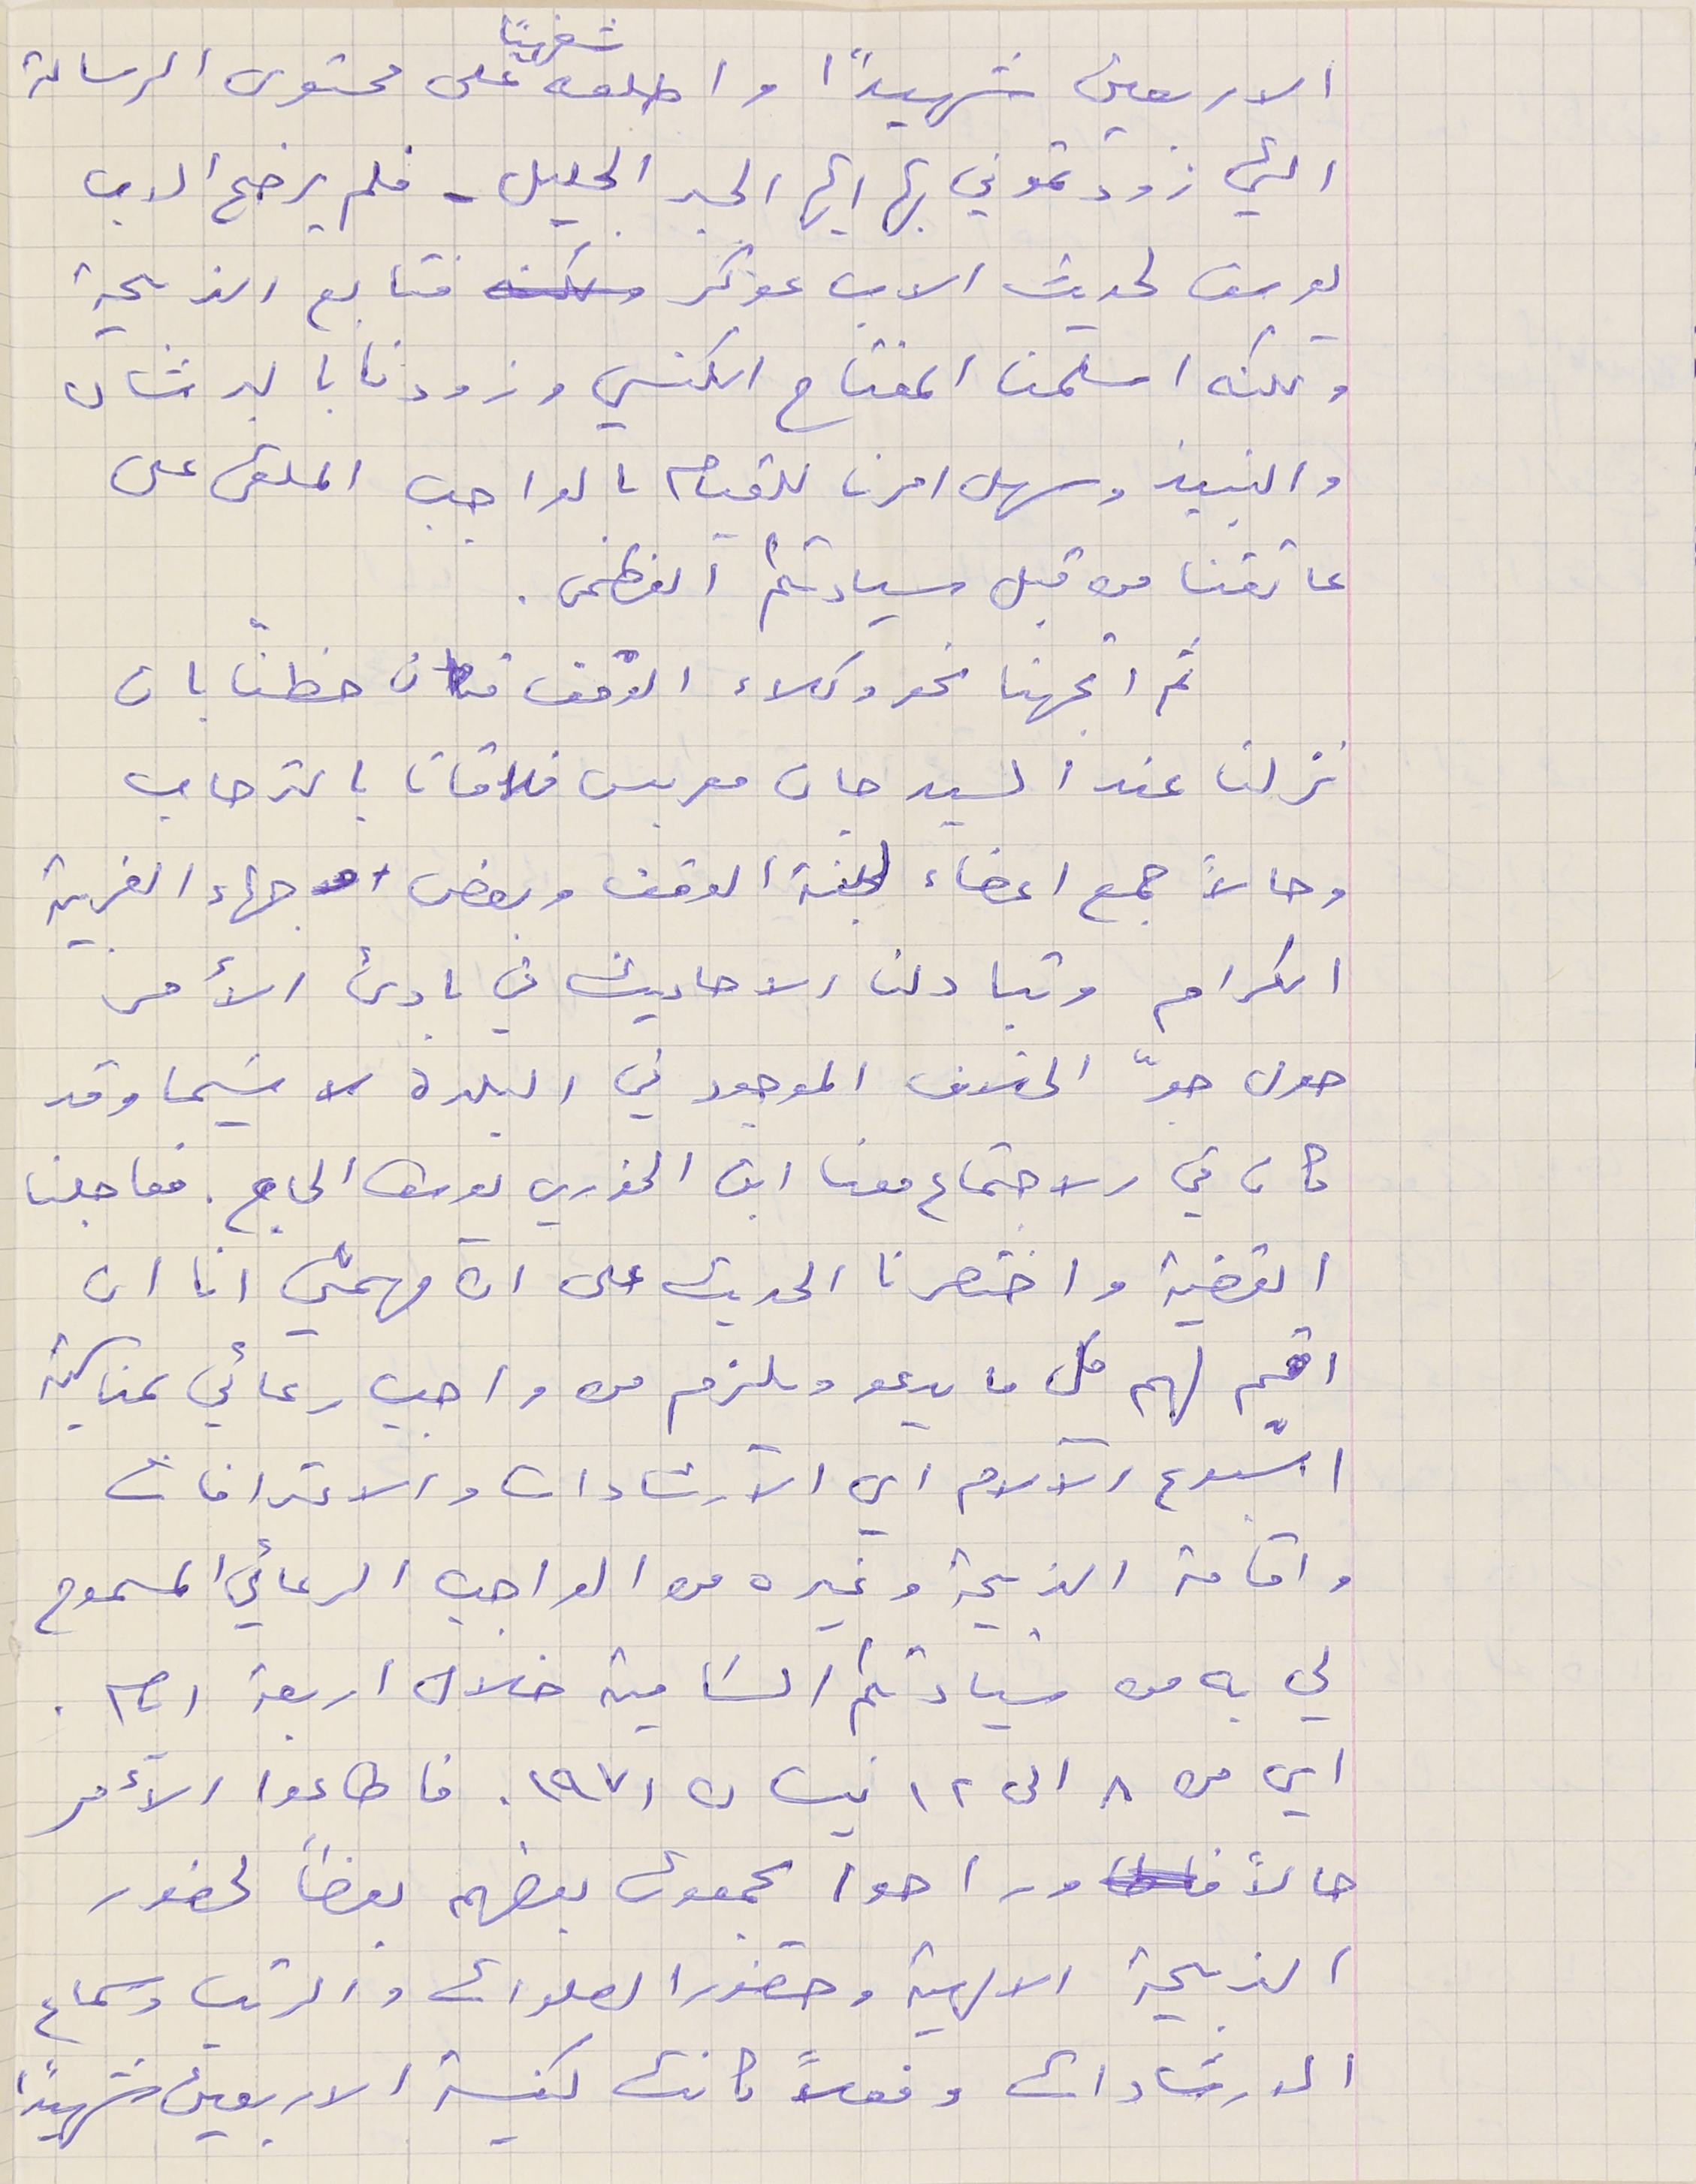
الاربعين شهيدًا واطلعهُ شفهيًا على محتوى الرسالة
التي زودتموني بها ايها الحبر الجليل - فلم يرضح الاب
يوسف لحديث الاب عوكر فتابع الذبيحة
 ولكنه اسلمنا المفتاح الكنسي وزودنا بالبرشان
والنبيذ وسهل امرنا للقيام بالواجب الملقى على
 عاتقنا من قبل سيادتكم العظمى.
 ثم اتجهنا نحو وكلاء الوقف فكان حظنا بان
نزلنا عند السيد جان معربس فلاقانا بالترحاب
 وحالاً جمع اعضاء لجنة الوقف وبعض وجهاء الغربية
الكرام وتبادلنا الاحاديث فى بادىء الأمر
حول جوّ الخلاف الموجود في البلدة لا سَيما وقد
كان في الاجتماع معنا ابن الخوري يوسف الحاج. فعاجلنا
القضية واختصرنا الحديث على ان مهمتي انا ان
اقيم لهم كل ما يدعو ويلزم من واجب رعائي بمناسبة
اسبوع الآلام اي الآرشادات والاعترافات
واقامة الذبيحة وغيره من الواجب الرعائي المسموح
لي به من سيادتكم السَامية خلال اربعة ايام.
اي من ٨ الى ١٢ نيسان ١٩٧١. فاطاعوا الآءمر
حالاً وراحوا يجمعون بعضهم بعضاً لحضور
الذبيحة الالهية وحضور الصلوات والرتب وسماع
الارشادات وفعلاً كانت كنيسة الاربعين شهيدًا